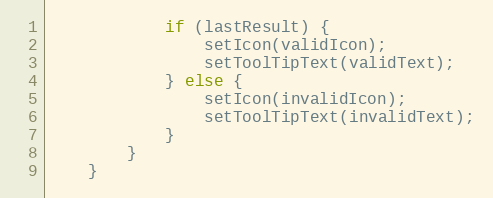
Language: Java
            if (lastResult) {
                setIcon(validIcon);
                setToolTipText(validText);
            } else {
                setIcon(invalidIcon);
                setToolTipText(invalidText);
            }
        }
    }